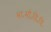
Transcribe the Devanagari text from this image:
भा॰मौ॰वि॰वि॰